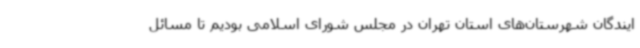
ایندگان شهرستان‌های استان تهران در مجلس شورای اسلامی بودیم تا مسائل